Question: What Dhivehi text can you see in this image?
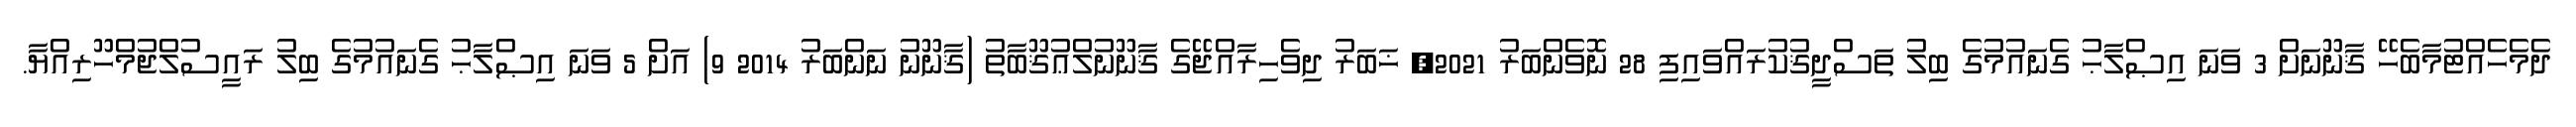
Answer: ދެމެހެއްޓުމާބެހޭ ޤާނޫނަށް 3 ވަނަ އިޞްލާޙު ގެނައުމުގެ ބިލު ތަސްދީޤުކުރައްވައިފި 28 ނޮވެންބަރު 2021, ޚަބަރު ދިވެހިރާއްޖޭގެ ޤާނޫނުލްޢުޤޫބާތު (ޤާނޫނު ނަންބަރު 2014 9) އަށް 5 ވަނަ އިޞްލާޙު ގެނައުމުގެ ބިލު ރައީސުލްޖުމްހޫރިއްޔާ.